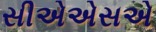
સીએએસએ